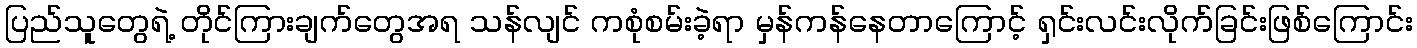
ပြည်သူတွေရဲ့ တိုင်ကြားချက်တွေအရ သန်လျင် ကစုံစမ်းခဲ့ရာ မှန်ကန်နေတာကြောင့် ရှင်းလင်းလိုက်ခြင်းဖြစ်ကြောင်း